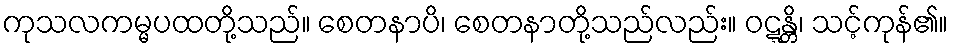
ကုသလကမ္မပထတို့သည်။ စေတနာပိ၊ စေတနာတို့သည်လည်း။ ဝဋ္ဋန္တိ၊ သင့်ကုန်၏။